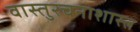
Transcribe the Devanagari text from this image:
वास्तुरचनाशास्त्न